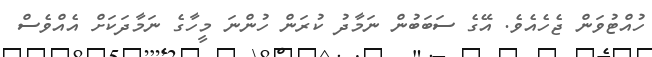
ހުއްޓުވަން ޖެހެއެވެ. އޭގެ ސަބަބުން ނަމާދު ކުރަން ހުންނަ މީހާގެ ނަމާދަކަށް އެއްވެސް